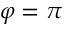
\varphi = \pi